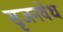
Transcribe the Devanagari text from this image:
सृजनवेध